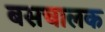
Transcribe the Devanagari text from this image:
बसचालक